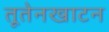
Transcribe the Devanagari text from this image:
तूतेनखाटन